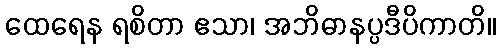
ထေရေန ရစိတာ ဧသာ၊ အဘိဓာနပ္ပဒီပိကာတိ။